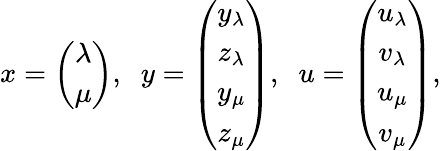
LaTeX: x=\left(\begin{array}{c}{\lambda}\\ {\mu}\end{array}\right),\; \; y=\left(\begin{array}{c}{y_{\lambda}}\\ {z_{\lambda}}\\ {y_{\mu}}\\ {z_{\mu}}\end{array}\right),\; \; u=\left(\begin{array}{c}{u_{\lambda}}\\ {v_{\lambda}}\\ {u_{\mu}}\\ {v_{\mu}}\end{array}\right),